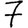
Digit: 7